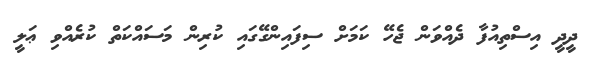
ދީދީ އިސްތިއުފާ ދެއްވަން ޖެހޭ ކަމަށް ސިފައިންގޭގައި ކުރިން މަސައްކަތް ކުރެއްވި ޢަލީ